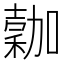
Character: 𥡮